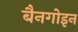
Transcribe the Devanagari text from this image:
बैनगोइन